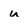
Character: u